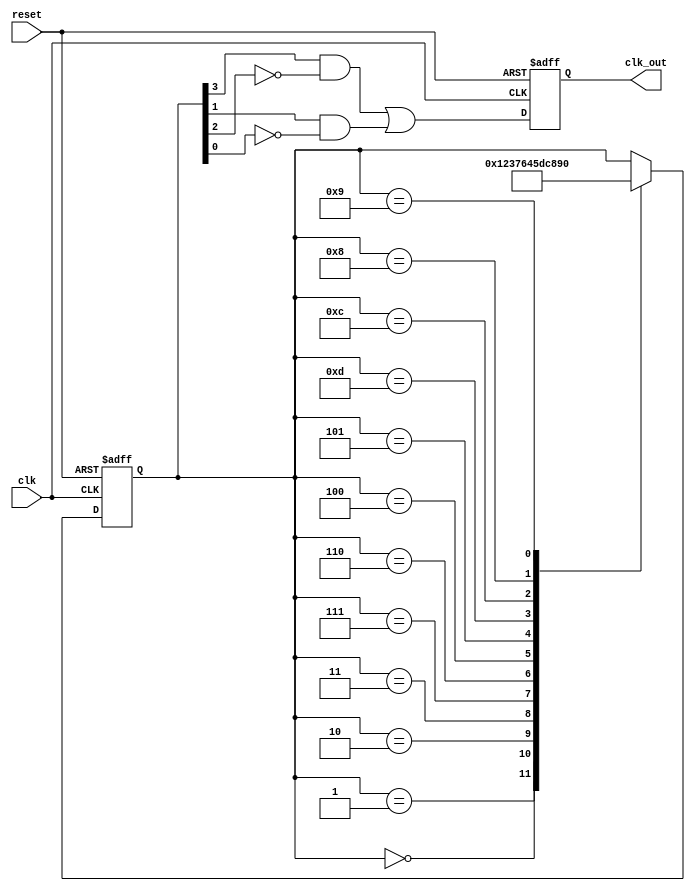
module johnson_counter_clock_divider (
    input wire clk, // input clock signal
    input wire reset, // reset signal
    output wire clk_out // output clock signal
);

reg [3:0] count_reg;
reg clk_out_reg;

always @(posedge clk or posedge reset) begin
    if (reset) begin
        count_reg <= 4'b0000;
        clk_out_reg <= 1'b0;
    end else begin
        case(count_reg)
            4'b0000: count_reg <= 4'b0001;
            4'b0001: count_reg <= 4'b0010;
            4'b0010: count_reg <= 4'b0011;
            4'b0011: count_reg <= 4'b0111;
            4'b0111: count_reg <= 4'b0110;
            4'b0110: count_reg <= 4'b0100;
            4'b0100: count_reg <= 4'b0101;
            4'b0101: count_reg <= 4'b1101;
            4'b1101: count_reg <= 4'b1100;
            4'b1100: count_reg <= 4'b1000;
            4'b1000: count_reg <= 4'b1001;
            4'b1001: count_reg <= 4'b0000;
        endcase
        clk_out_reg <= (count_reg[3] & ~count_reg[2]) | (count_reg[1] & ~count_reg[0]);
    end
end

assign clk_out = clk_out_reg;

endmodule